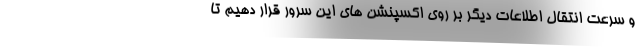
و سرعت انتقال اطلاعات دیگر بر روی اکسپنشن های این سرور قرار دهیم تا